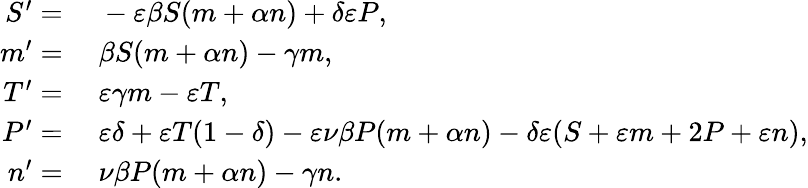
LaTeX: \begin{array}{rl}{S^{\prime}=}&{{}\; -\varepsilon\beta S(m+\alpha n)+\delta\varepsilon P,}\\ {m^{\prime}=}&{{}\; \beta S(m+\alpha n)-\gamma m,}\\ {T^{\prime}=}&{{}\; \varepsilon\gamma m-\varepsilon T,}\\ {P^{\prime}=}&{{}\; \varepsilon\delta+\varepsilon T(1-\delta)-\varepsilon\nu\beta P(m+\alpha n)-\delta\varepsilon(S+\varepsilon m+2P+\varepsilon n),}\\ {n^{\prime}=}&{{}\; \nu\beta P(m+\alpha n)-\gamma n.}\end{array}